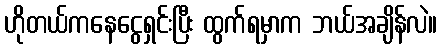
ဟိုတယ်ကနေငွေရှင်းပြီး ထွက်ရမှာက ဘယ်အချိန်လဲ။